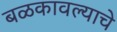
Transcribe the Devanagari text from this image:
बळकावल्याचे